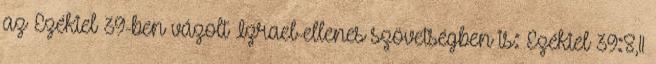
az Ezékiel 39-ben vázolt Izrael-ellenes szövetségben is: Ezékiel 39:8,11